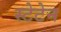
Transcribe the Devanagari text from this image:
स्टेटेन